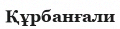
Құрбанғали